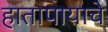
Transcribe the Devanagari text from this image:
हातापायाचे